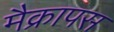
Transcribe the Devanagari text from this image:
मैक्रापस